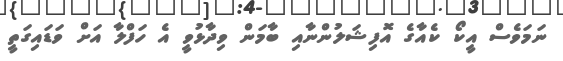
ނަމަވެސް އީކޯ ކެއާގެ އޮފިޝަލުންނާއި ބާމަން ވިދާޅުވީ އެ ހަފްލާ އަށް ވަޑައިގަތީ